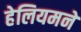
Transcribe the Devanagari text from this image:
हेलियमने